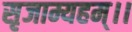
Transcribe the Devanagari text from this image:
सृजाम्यहम्।।